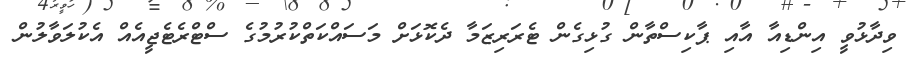
ވިދާޅުވީ އިންޑިއާ އާއި ޕާކިސްތާން ގުޅިގެން ޓެރަރިޒަމާ ދެކޮޅަށް މަސައްކަތްކުރުމުގެ ސްޓްރެޓެޖީއެއް އެކުލަވާލުން